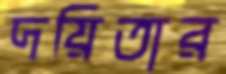
দয়িতার